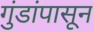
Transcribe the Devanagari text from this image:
गुंडांपासून